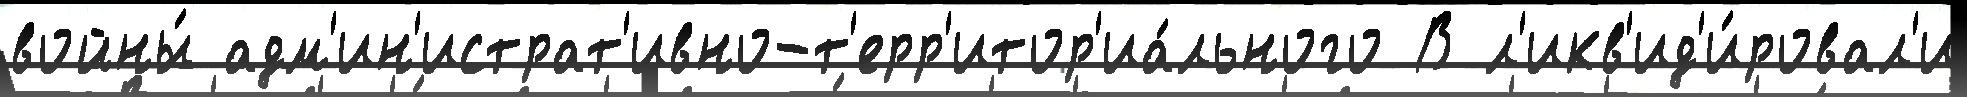
войны́ адм'ин'истрат'ивно-т'ерр'итор'иа́льного В л'икв'ид'и́ровал'и